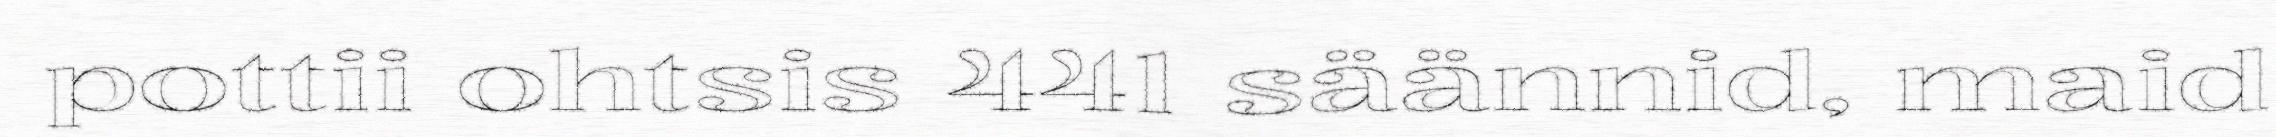
pottii ohtsis 441 säännid, maid